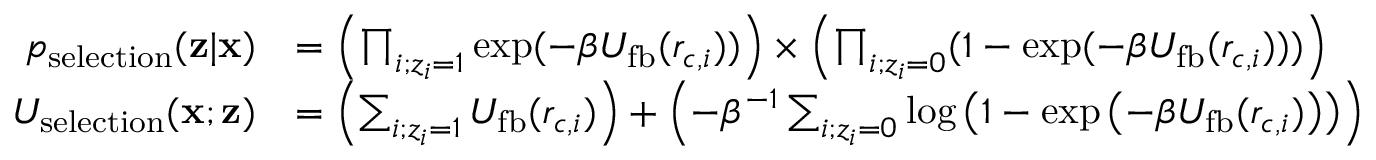
\begin{array} { r l } { p _ { \mathrm { s e l e c t i o n } } ( \mathbf { z } | \mathbf { x } ) } & { = \left( \prod _ { i ; z _ { i } = 1 } \exp ( - \beta U _ { \mathrm { f b } } ( r _ { c , i } ) ) \right) \times \left( \prod _ { i ; z _ { i } = 0 } ( 1 - \exp ( - \beta U _ { \mathrm { f b } } ( r _ { c , i } ) ) ) \right) } \\ { U _ { \mathrm { s e l e c t i o n } } ( \mathbf { x } ; \mathbf { z } ) } & { = \left( \sum _ { i ; z _ { i } = 1 } U _ { \mathrm { f b } } ( r _ { c , i } ) \right) + \left( - \beta ^ { - 1 } \sum _ { i ; z _ { i } = 0 } \log \left( 1 - \exp \left( - \beta U _ { \mathrm { f b } } ( r _ { c , i } ) \right) \right) \right) } \end{array}